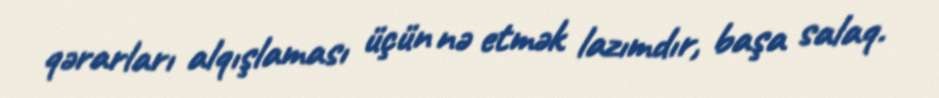
qərarları alqışlaması üçün nə etmək lazımdır, başa salaq.